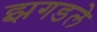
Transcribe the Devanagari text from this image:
झगडले